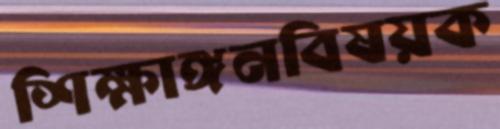
শিক্ষাঙ্গনবিষয়ক